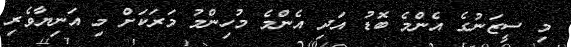
މި ސީޒަނުގެ އެންމެ ބޮޑު އަދި އެންމެ މުހިންމު މަރަކަށް މި އަނިޔާވެރި